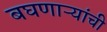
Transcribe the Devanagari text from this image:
बघणाऱ्यांची